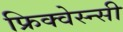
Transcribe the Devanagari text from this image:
फ्रिक्वेस्न्सी